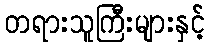
တရားသူကြီးများနှင့်